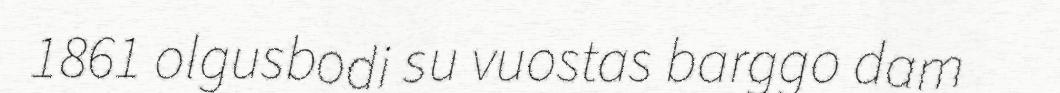
1861 olgusbodi su vuostas barggo dam